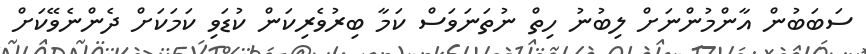
ސަބަބުން އާންމުންނަށް ލިބުނު ހިތް ނުތަނަވަސް ކަމާ ބިރުވެރިކަން ކުޑަވި ކަމަކަށް ދެންނެވޭކަށް